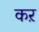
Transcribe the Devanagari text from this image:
कऱ